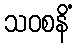
သဝစနိံ